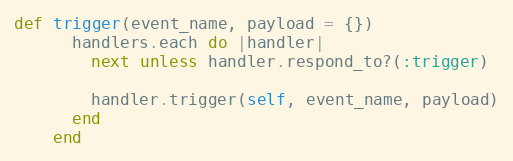
Language: Ruby
def trigger(event_name, payload = {})
      handlers.each do |handler|
        next unless handler.respond_to?(:trigger)

        handler.trigger(self, event_name, payload)
      end
    end